Bréfritari: Sigríður Pálsdóttir
Viðtakandi: Páll Pálsson
Dagsetning: A-1855-08-05
Skrifað á: Hraungerði  Árn.
Páll var bróðir Sigríðar

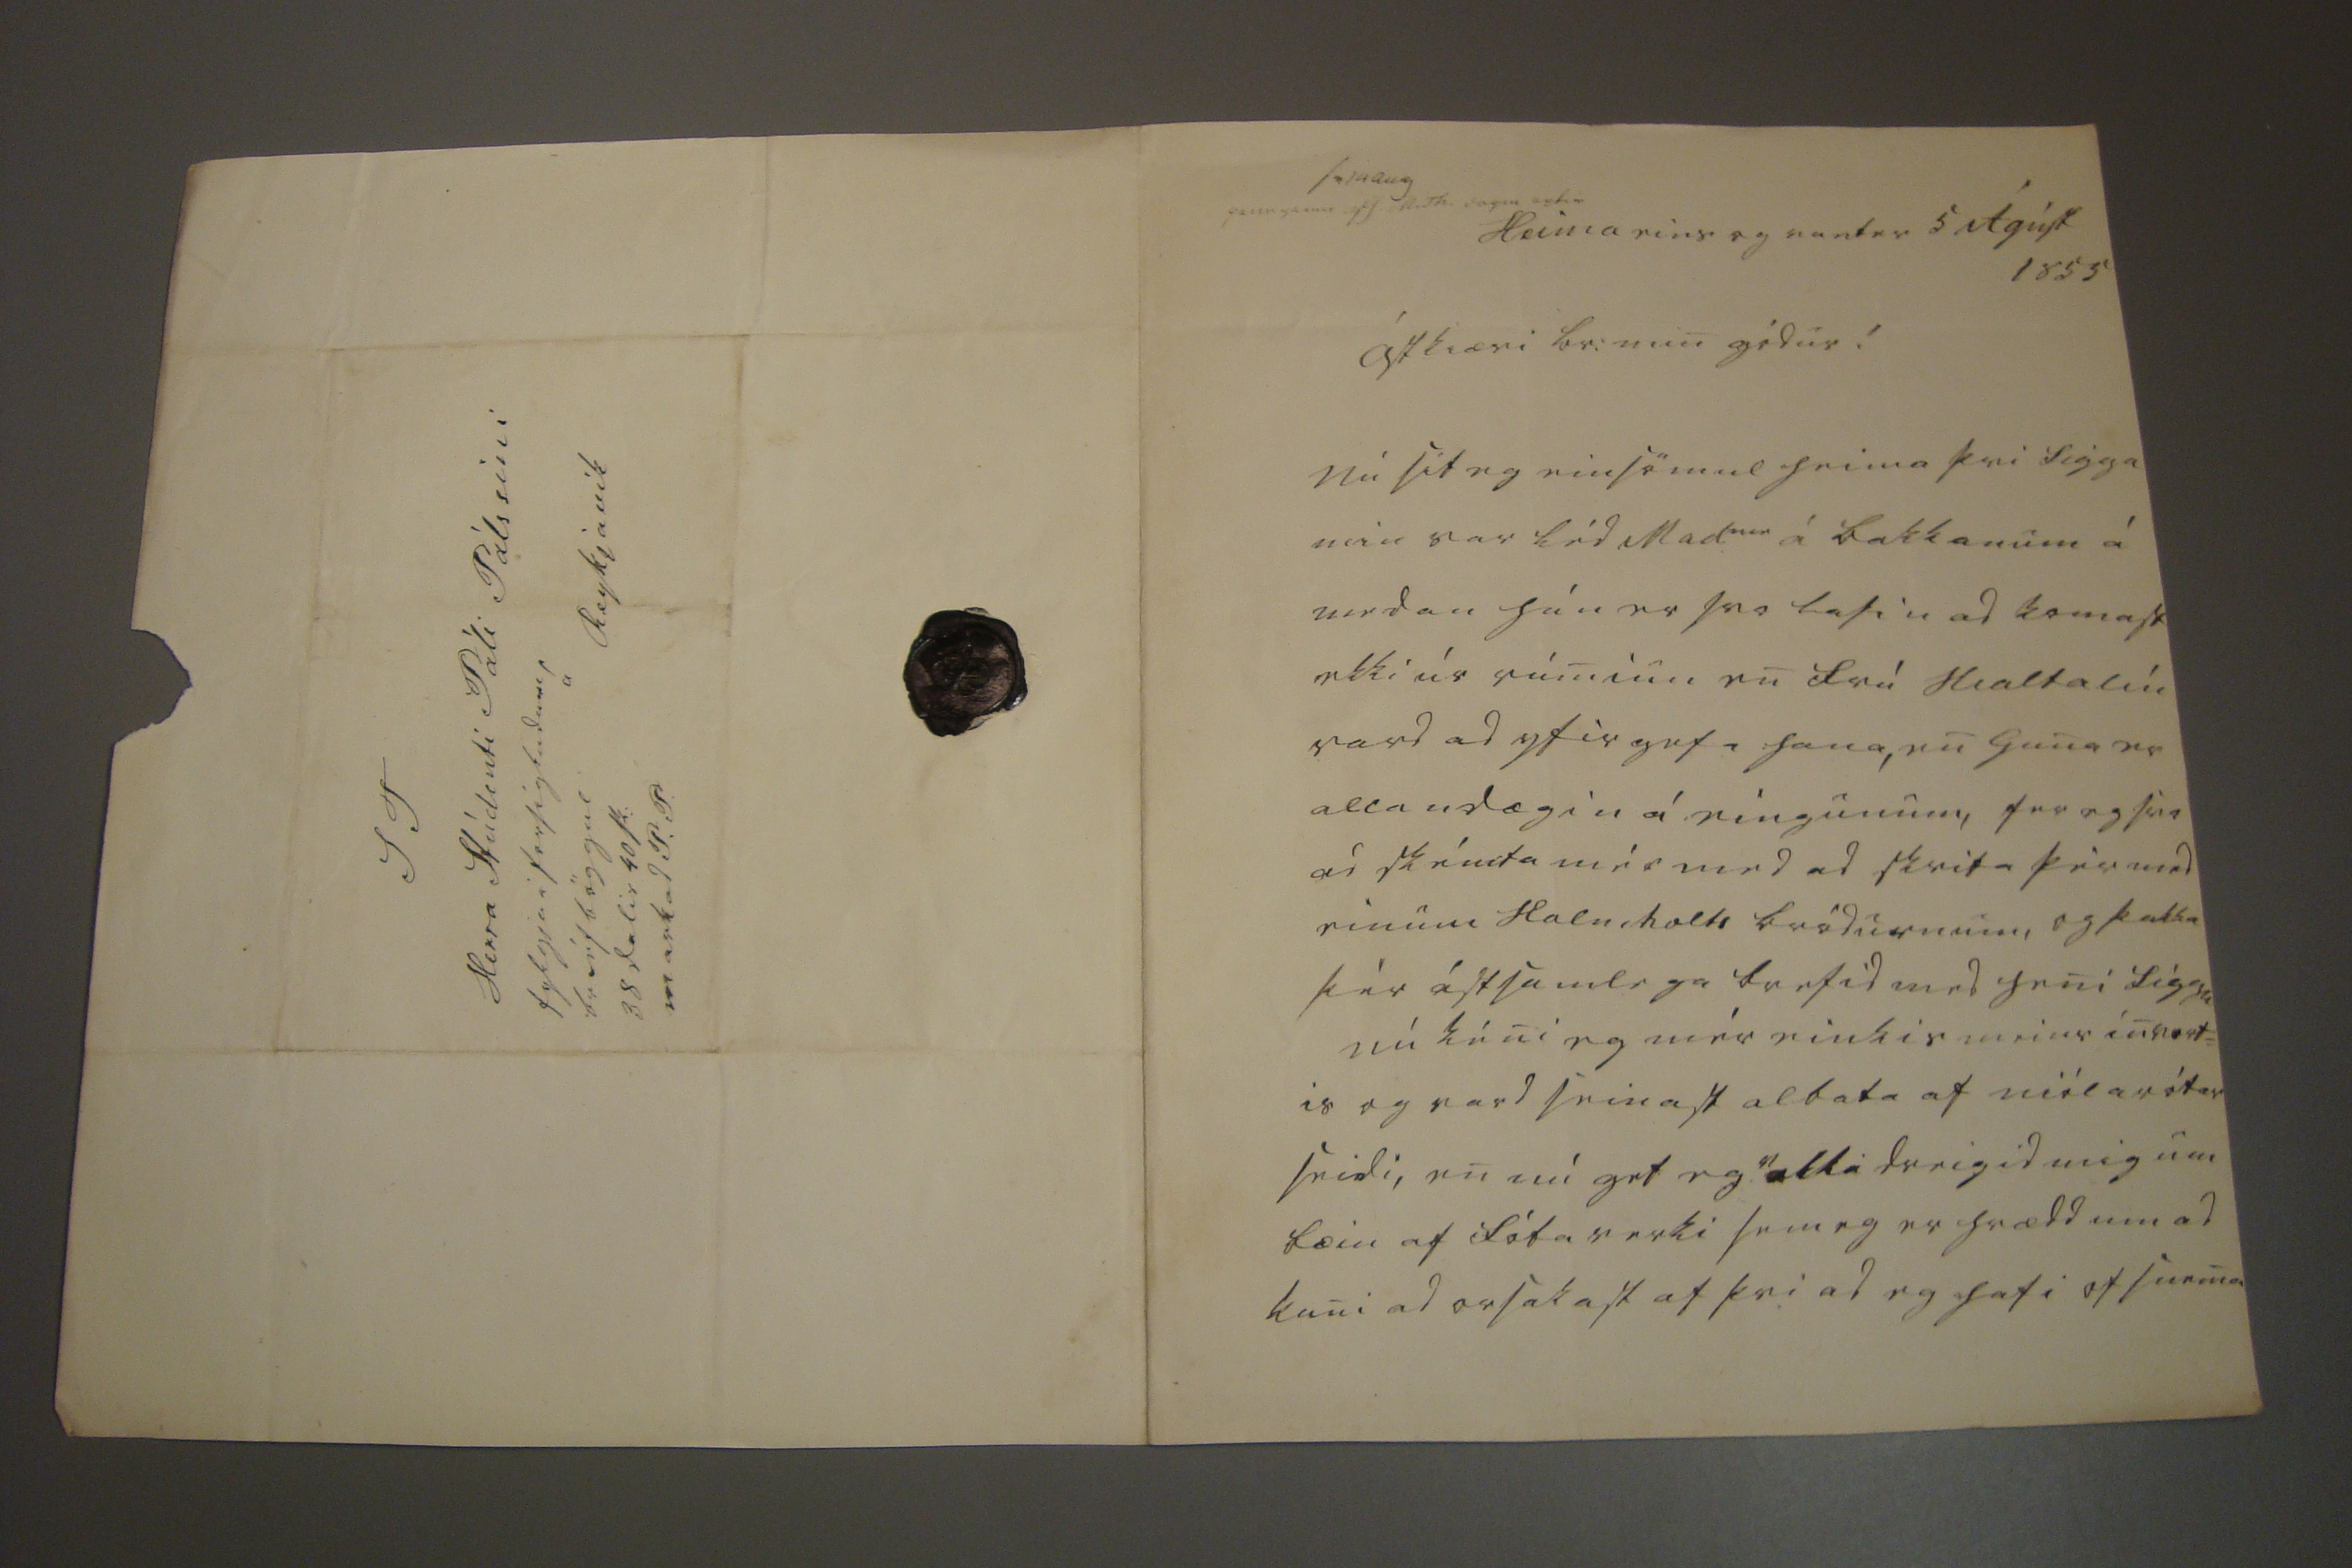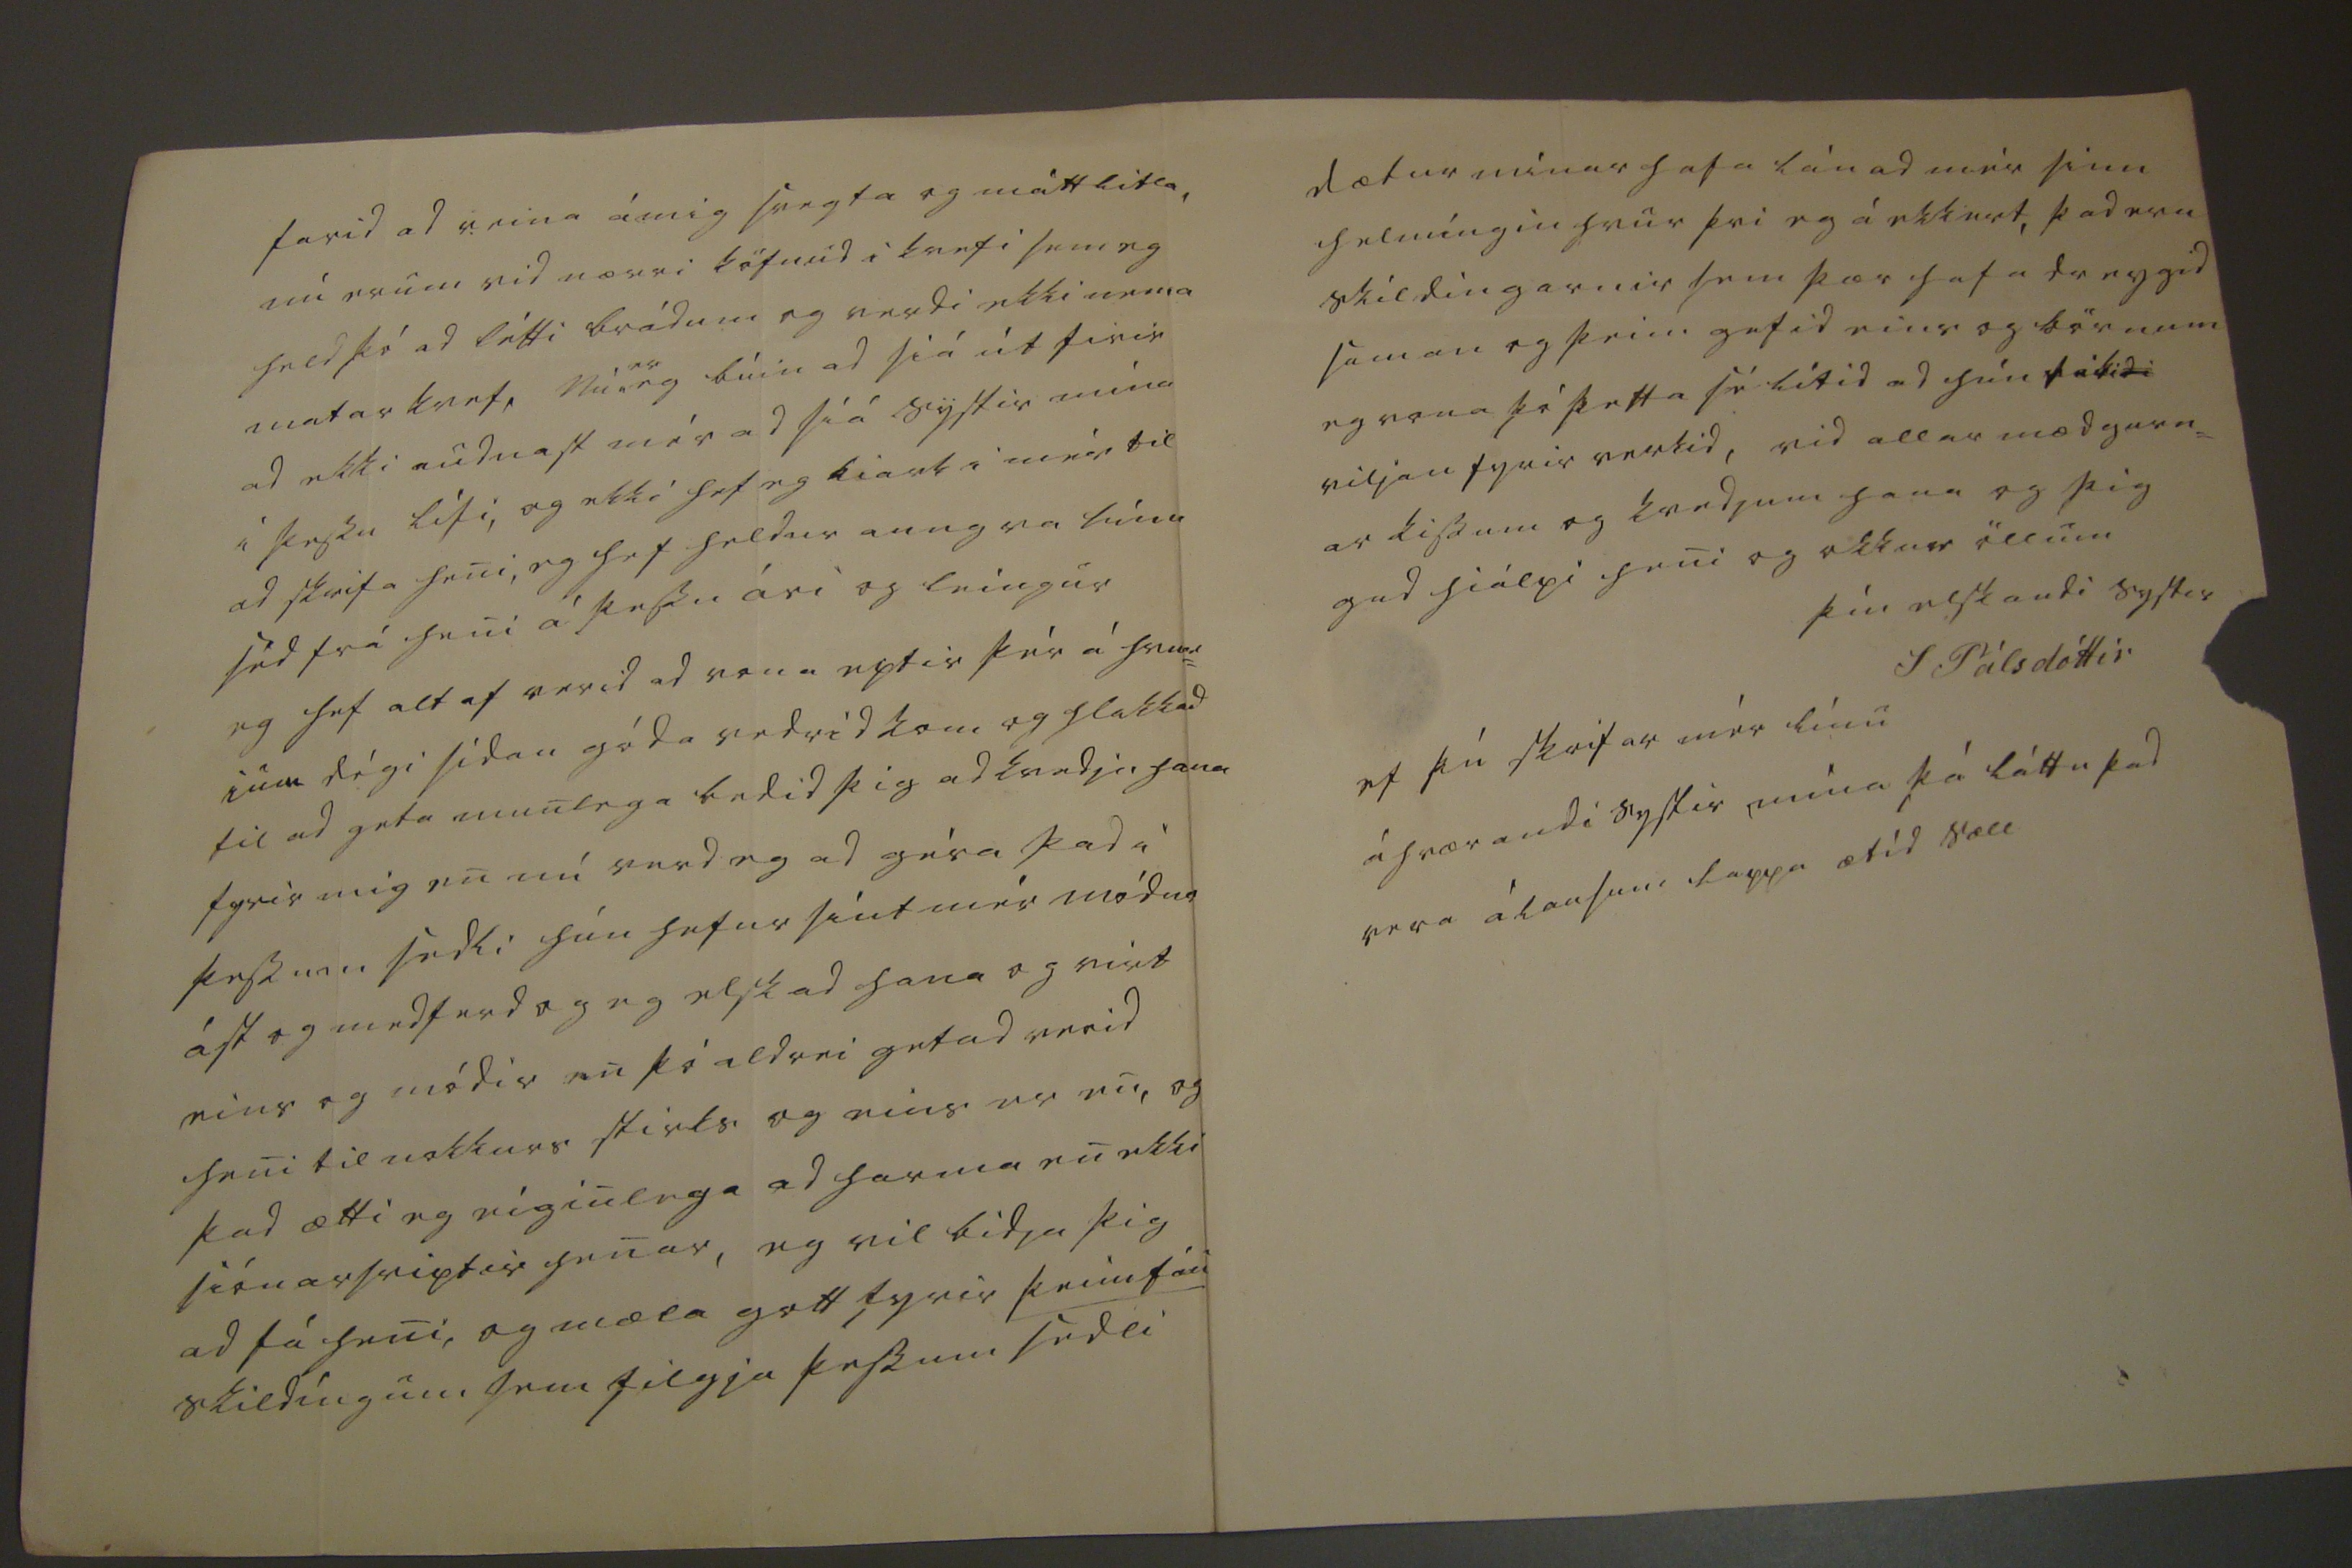

sv 14 aug peningarnir 00 medt. vag0 eptir
Heima eins og vant er 5 Ágúst 1855
ástkiæri br: min gódur!
Nú sit eg einsömul heima þvi Sigga min var léd Mad
me
á bakkanum á medan hún er svo lasin ad komast ekki úr rúminu en frú Hialtalín vard ad yfirgefa hana, en Guna er allandægin á eingunum, fer eg svo ad skémta mér med ad skrifa þér med einum Halnholts bródurnum, og þakka þér ástsamlega brefid med heni Siggu nú kéni eg mér einskis meins invort= is og vard seinast albata af niólarótar seidi, en nú get eg ekki dreigid mig um bæin af fótaverki sem eg er hrædd um ad kuni ad orsakast af þvi ad eg hafi ofsnema
farid ad reina á mig svegta og máttlitla, nú erum vid nærri köfnud i kvefi sem eg held þó ad létti brádum og verdi ekki nema matarkvef, Nú
er
eg búin ad siá út firir ad ekki audnast mér ad siá systir mína í þessu lífi, og ekki hef eg kiark i mér til ad skrifa heni, eg hef heldur aungva línu séd frá heni á þessu ári og leingur eg hef altaf verid ad vona eptir þér á hvur= ium dégi sídan góda vedrid kom og hlakkad til ad geta munlega bedid þig ad kvedja hana fyrir mig en nú verd eg ad géra þad i þessum sedli hún hefur sínt mér módur ást og medferd og eg elskad hana og virt eins og módir en þó aldrei getad verid heni til nokkurs stirks og eins er en, og þad ætti eg eiginlega ad harma en ekki siónarsviptir henar, eg vil bidja þig ad fá heni, og mæla gott fyrir þeim fáu skildíngum sem filgja þessum sedli
dætur mínar hafa lánad mér sinn helmíngin hvur þvi eg á ekkert, þad eru skildingarnir sem þær hafa dreygid saman og þeim gefid eins og börnum eg vona þó þetta sé lítid ad hún láti viljan fyrir verkid, vid allar mædgurn= ar kissum og kvedjum hana og þig gud hiálpi heni og okkur öllum
þín elskandi systir
S Pálsdóttir
ef þú skrifar mér línu á hrærandi systir mína þá láttu þad vera á lausum lappa ætíd sæll
S T Herra Stúdenti Páli Pálssini á Reykjavík fylgja i forsigludum bréfböggul 38 dalir 40 sk: markad P.P.